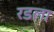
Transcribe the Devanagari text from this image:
रडला